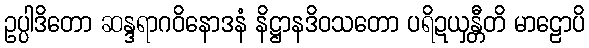
ဥပ္ပါဒိတော ဆန္ဒရာဂဝိနောဒနံ နိဋ္ဌာနဒိဝသတော ပရိဍယှန္တီတိ မာဠောပိ